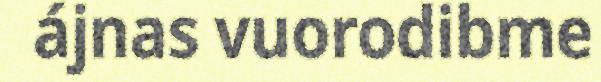
ájnas vuorodibme